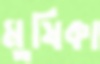
মুষিকা